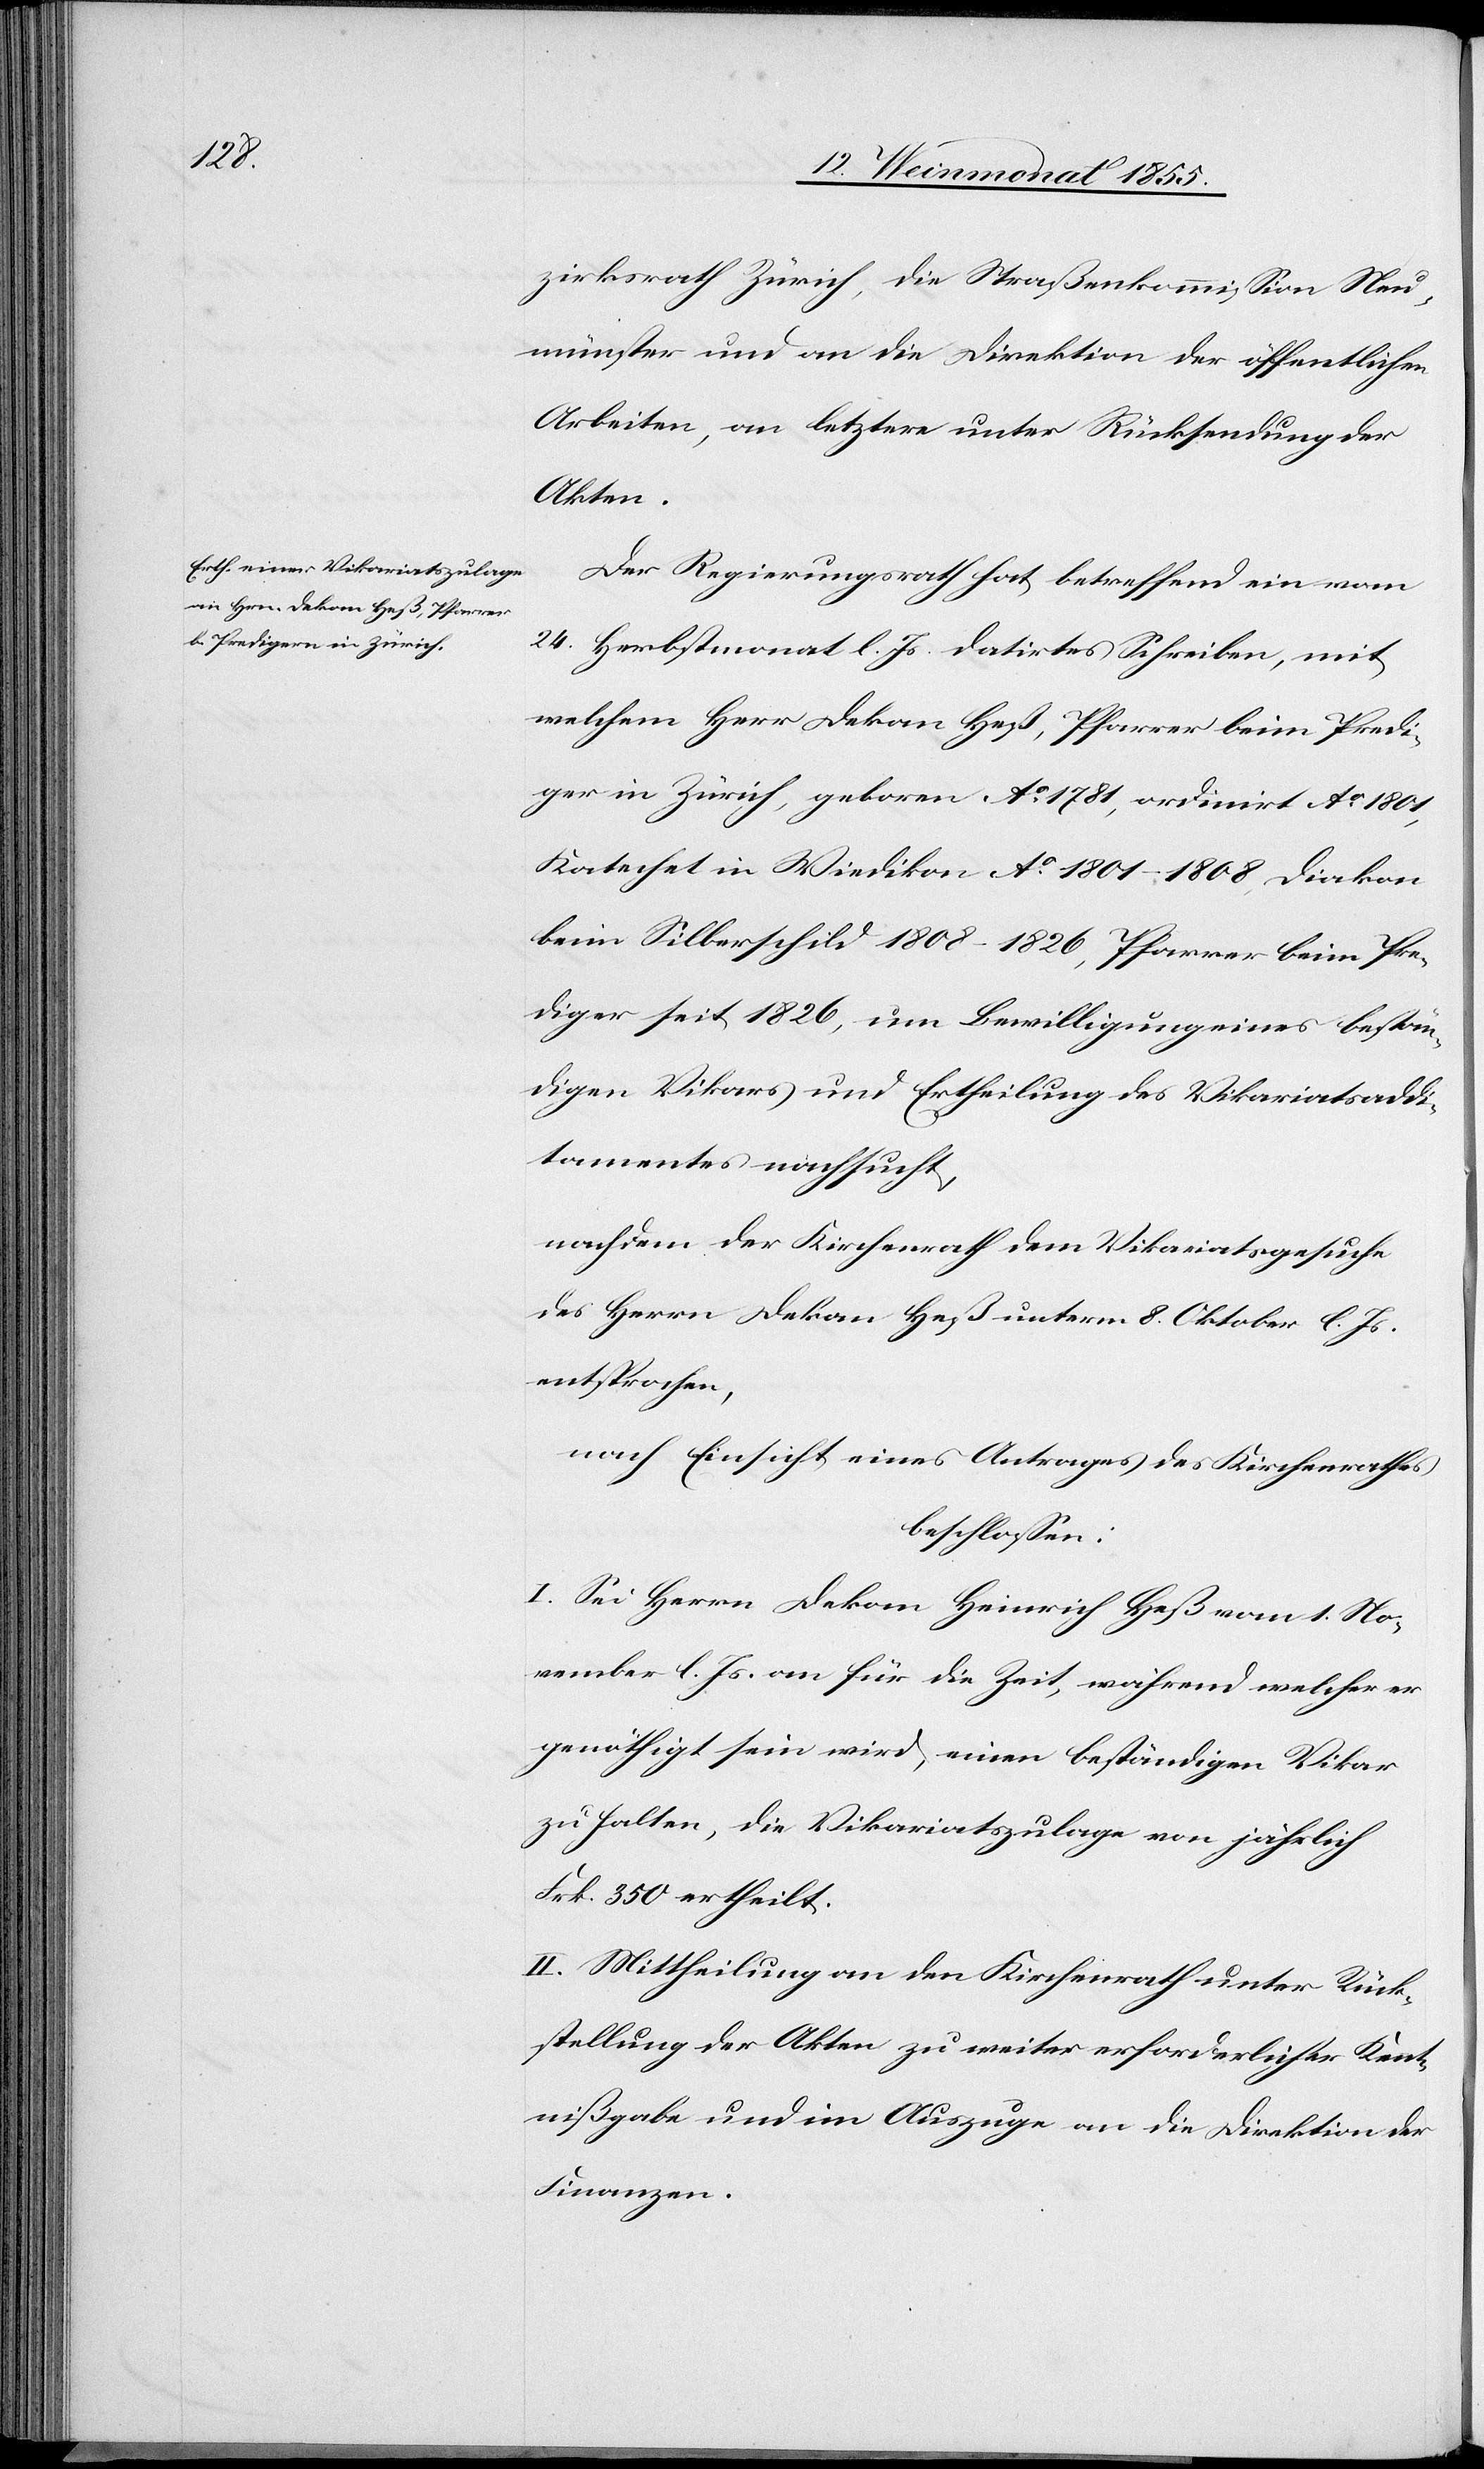
zirksrath Zürich, die Straßenkommission Neu¬
münster und an die Direktion der öffentlichen
Arbeiten, an letztere unter Rücksendung der
Akten.
Der Regierungsrath hat, betreffend ein vom
24. Herbstmonat l. Js. datirtes Schreiben, mit
welchem Herr Dekan Heß, Pfarrer beim Predi¬
ger in Zürich, geboren Ao 1781, ordinirt Ao 1801,
Katechet in Wiedikon Ao 1801–1808, Diakon
beim Silberschild 1808–1826, Pfarrer beim Pre¬
diger seit 1826, um Bewilligung eines bestän¬
digen Vikars und Ertheilung des Vikariatsaddi¬
tamentes nachsucht,
nachdem der Kirchenrath dem Vikariatsgesuche
des Herrn Dekan Heß unterm 8. Oktober l. Js.
entsprochen,
nach Einsicht eines Antrages des Kirchenrathes
beschlossen:
I. Sei Herrn Dekan Heinrich Heß vom 1. No¬
vember l. Js. an für die Zeit, während welcher er
genöthigt sein wird, einen beständigen Vikar
zu halten, die Vikariatszulage von jährlich
Frk. 350 ertheilt.
II. Mittheilung an den Kirchenrath unter Rück¬
stellung der Akten zu weiter erforderlicher Ken[n]t¬
nißgabe und im Auszuge an die Direktion der
Finanzen.